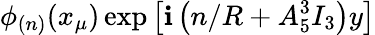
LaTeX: \phi_{(n)}(x_{\mu})\exp\left[\mathbf{i}\left(n/R+A_{5}^{3}I_{3}\right)y\right]